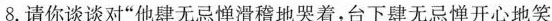
8.请你谈谈对“他肆无忌惮滑稽地哭着，台下肆无忌惮开心地笑